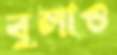
বুলাও